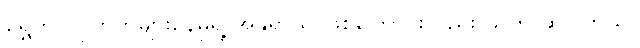
ရွှေကို လူကြိုက်များနေမှုရဲ့ အန္တရာယ် ဖြစ်ကြောင်းလည်း သူက ဆိုပါတယ်။